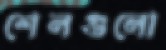
শেলগুলো